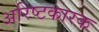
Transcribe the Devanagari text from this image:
अरिष्टकारक